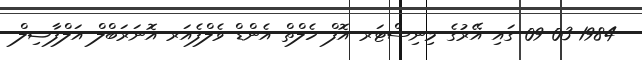
09-03-1984 ގައި އޭރުގެ މިނިސްޓަރ އޮފް ހެލްތް އެންޑް ވެލްފެއަރ އޮނަރަބްލް އަލްފާޟިލް